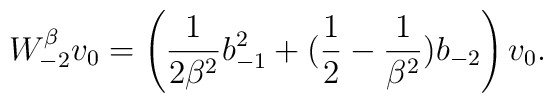
W_{-2}^\beta v_0 = \left(\frac{1}{2\beta^2} b_{-1}^2 + (\frac{1}{2} - \frac{1}{\beta^2}) b_{-2}\right) v_0.